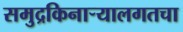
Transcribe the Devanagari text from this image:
समुद्रकिनार्‍यालगतचा